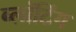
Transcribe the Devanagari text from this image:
ब्लॉटिंग